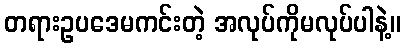
တရားဥပဒေမကင်းတဲ့ အလုပ်ကိုမလုပ်ပါနဲ့။